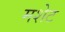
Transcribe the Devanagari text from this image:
मशेट